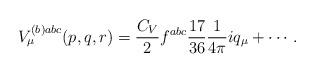
LaTeX: \begin{align*}\begin{array}{l}V_\mu ^{(b)abc}(p,q,r)=\displaystyle\frac{C_V}2f^{abc}\frac{17}{36}\frac1{4\pi }iq_\mu +\cdots \, . \end{array}\end{align*}